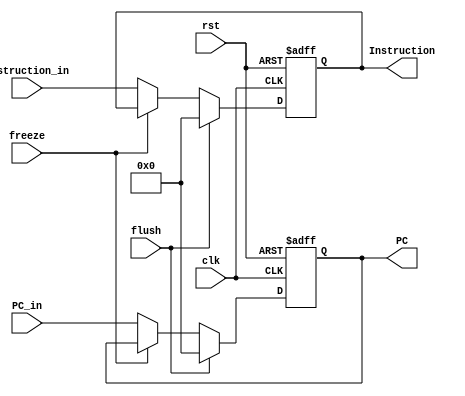
module IF_stage_Reg(input clk, rst, freeze, flush,
input [31:0] PC_in, Instruction_in, output reg [31:0] PC, Instruction
);

always @(posedge clk, posedge rst) begin
    if(rst) begin
        PC <= 32'b0;
        Instruction <=32'b0;
    end

    else if(clk) begin   
        if (flush) begin
            PC <= 32'b0;
            Instruction <=32'b0; 
        end
        else if(~freeze) begin
            PC<=PC_in;
            Instruction<=Instruction_in;
        end
        else begin
            PC<=PC;
            Instruction<=Instruction;
        end

    end
end
endmodule



module ID_stage_Reg(input clk, rst, flush,
                    input [31:0] PC_IN, 
                    input WB_EN_IN,
                    input MEM_R_EN_IN,
                    input MEM_W_EN_IN,
                    input [3:0] EXE_CMD_IN,
                    input B_IN, 
                    input S_IN,
                    input I_IN,
                    input [31:0] Val_RN_IN,
                    input [31:0] Val_RM_IN,
                    input [11:0] imm_IN,
                    input [11:0] shift_operand_IN,
                    input [23:0] signed_immed_24_IN,
                    input [3:0] WB_Dest_IN,
                    input flush_IN,
                    input [3:0] status_IN,



                    output reg [31:0] PC,
                    output reg WB_EN,
                    output reg MEM_R_EN,
                    output reg MEM_W_EN,
                    output reg [3:0] EXE_CMD,
                    output reg B, 
                    output reg S,
                    output reg I,
                    output reg [31:0] Val_RN,
                    output reg [31:0] Val_RM,
                    output reg [11:0] imm,
                    output reg [11:0] shift_operand,
                    output reg [23:0] signed_immed_24,
                    output reg [3:0] WB_Dest,
                    output reg [3:0] status

                    );

                    always @(posedge clk, posedge rst) begin
                        if(rst) begin
                            PC <= 32'b0; 
                            WB_EN <= 0;
                            MEM_R_EN <= 0;
                            MEM_W_EN <= 0;
                            B <= 0;
                            S <= 0;
                            I <= 0;
                            Val_RN <= 0;
                            Val_RM <= 0;
                            imm <= 0;
                            shift_operand <= 0;
                            signed_immed_24 <= 0;
                            WB_Dest <= 0;
                            status <= 0;
                            EXE_CMD <= 0;
                        end
                        else if(clk) begin
                            if(flush) begin
                                PC <= 32'b0; 
                                WB_EN <= 0;
                                MEM_R_EN <= 0;
                                MEM_W_EN <= 0;
                                B <= 0;
                                S <= 0;
                                I <= 0;
                                Val_RN <= 0;
                                Val_RM <= 0;
                                imm <= 0;
                                shift_operand <= 0;
                                signed_immed_24 <= 0;
                                WB_Dest <= 0;
                                status <= 0;
                                EXE_CMD <= 0;
                            end
                        else begin
                                PC<=PC_IN;
                                WB_EN <= WB_EN_IN;
                                MEM_R_EN <= MEM_R_EN_IN;
                                MEM_W_EN <= MEM_W_EN_IN;
                                B <= B_IN;
                                S <= S_IN;
                                I <= I_IN;
                                Val_RN <= Val_RN_IN;
                                Val_RM <= Val_RM_IN;
                                imm <= imm_IN;
                                shift_operand <= shift_operand_IN;
                                signed_immed_24 <= signed_immed_24_IN;
                                WB_Dest <= WB_Dest_IN;
                                status <= status_IN;
                                EXE_CMD <= EXE_CMD_IN;
                            end
                        end
                    end
endmodule



module EX_stage_Reg(input clk, rst,
                    input WB_EN_IN,
                    input MEM_R_EN_IN,
                    input MEM_W_EN_IN,
                    input [31:0] ALU_Res_IN,
                    input [31:0] Val_RM_IN,
                    input [3:0] WB_Dest_IN,

                    output reg WB_EN,
                    output reg MEM_R_EN,
                    output reg MEM_W_EN,
                    output reg [31:0] ALU_Res,
                    output reg [31:0] Val_RM,
                    output reg [3:0] WB_Dest
                    );
                    always @(posedge clk, posedge rst) begin
                        if(rst) begin

                            WB_EN <= 0;
                            MEM_R_EN <= 0;
                            MEM_W_EN <= 0;
                            ALU_Res <= 0;
                            Val_RM <= 0;
                            WB_Dest <= 0;

                        end
                        else if(clk) begin

                            WB_EN <= WB_EN_IN;
                            MEM_R_EN <= MEM_R_EN_IN;
                            MEM_W_EN <= MEM_W_EN_IN;
                            ALU_Res <= ALU_Res_IN;
                            Val_RM <= Val_RM_IN;
                            WB_Dest <= WB_Dest_IN;

                        end
                    end
endmodule
module MEM_stage_Reg(
                    input clk, rst, 
                    input WB_EN_IN,
                    input MEM_R_EN_IN,
                    input [31:0] ALU_Res_IN,
                    input [31:0] MEMdata_IN,
                    input [3:0] WB_Dest_IN,

                    output reg WB_EN,
                    output reg MEM_R_EN,
                    output reg [31:0] ALU_Res,
                    output reg [31:0] MEMdata,
                    output reg [3:0] WB_Dest
                    );
                    always @(posedge clk, posedge rst) begin
                        if(rst) begin

                            WB_EN <= 0;
                            MEM_R_EN <= 0;
                            ALU_Res <= 0;
                            MEMdata <= 0;
                            WB_Dest <= 0;

                        end
                        else if(clk) begin

                            WB_EN <= WB_EN_IN;
                            MEM_R_EN <= MEM_R_EN_IN;
                            ALU_Res <= ALU_Res_IN;
                            MEMdata <= MEMdata_IN;
                            WB_Dest <= WB_Dest_IN;
                        end
                    end
endmodule